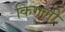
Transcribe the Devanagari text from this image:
किगली